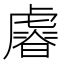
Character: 𧇪